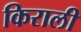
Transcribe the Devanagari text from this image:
किराली